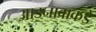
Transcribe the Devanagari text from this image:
आडनावाकडे